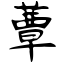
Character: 蕈